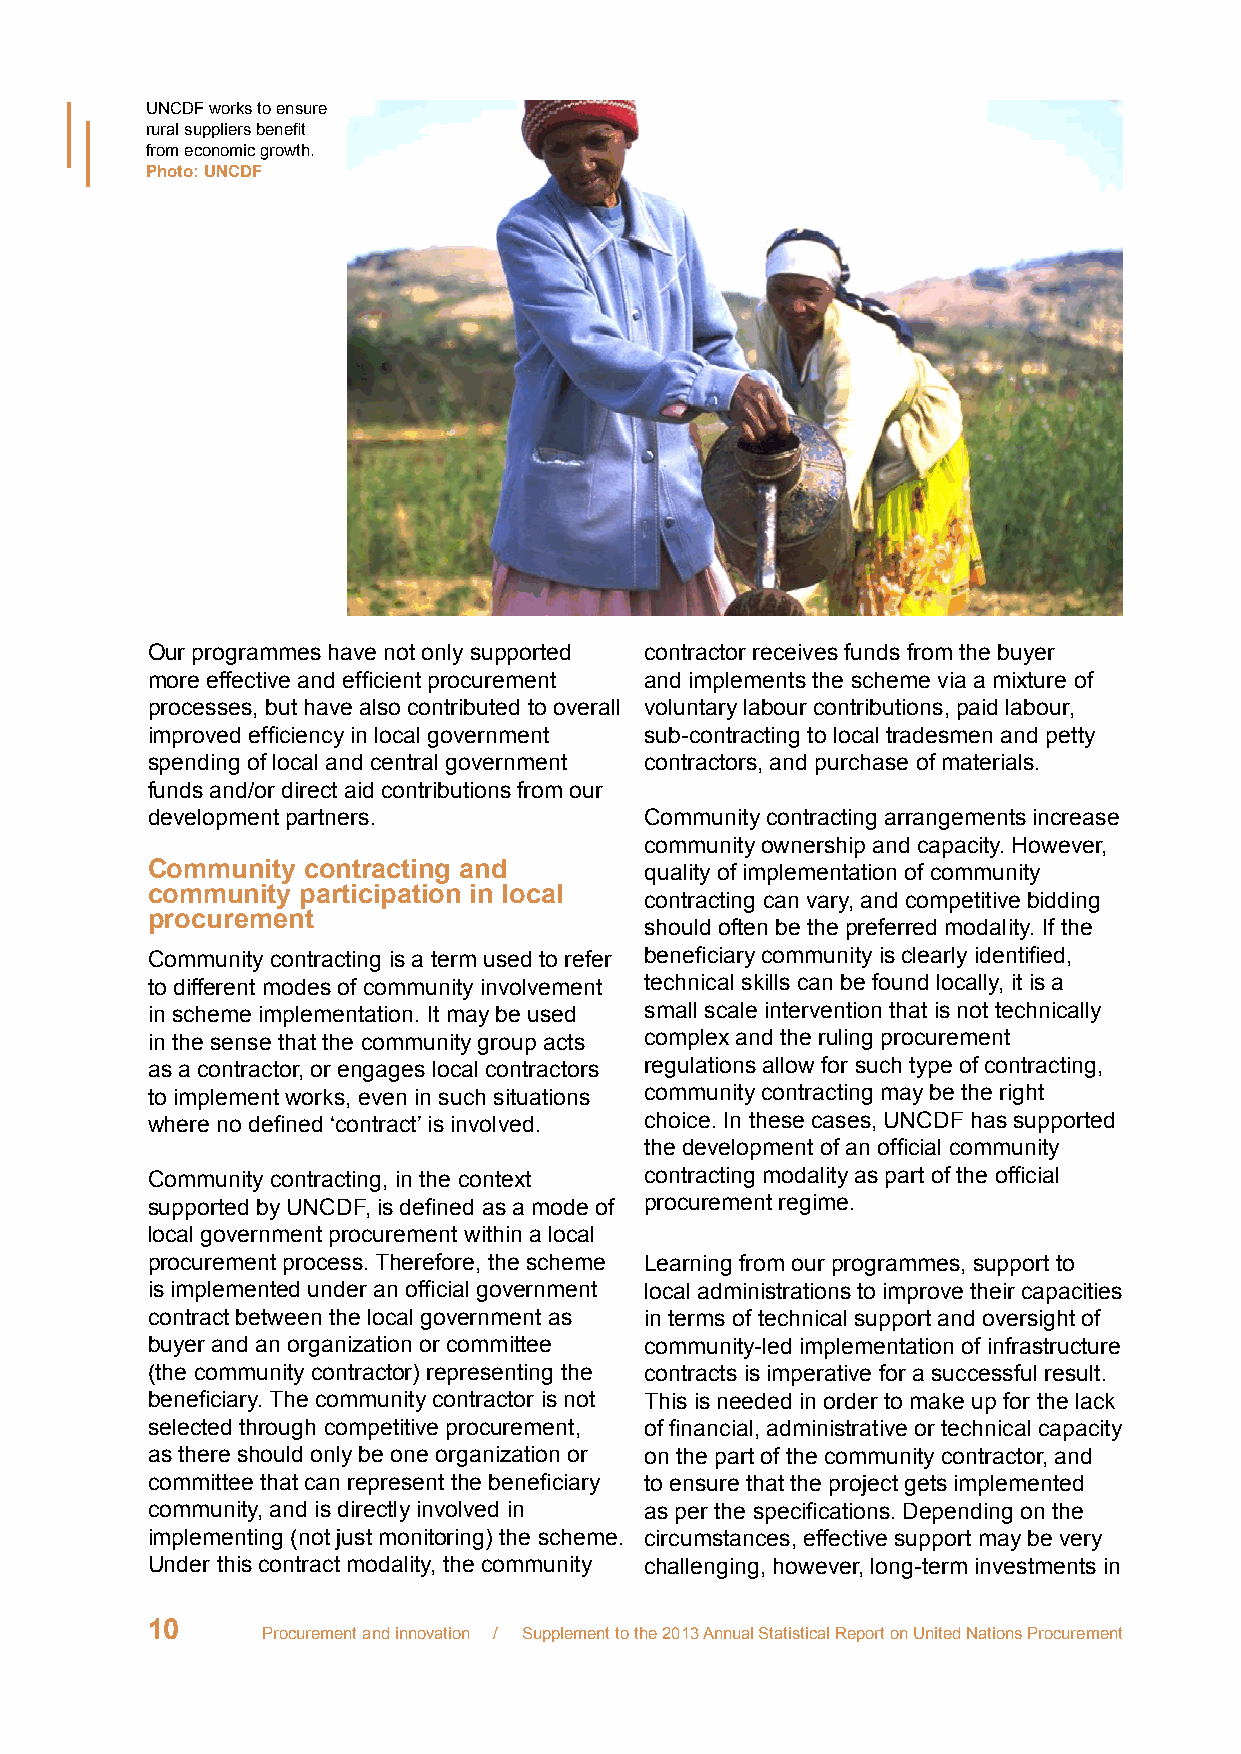
UNCDF works to ensure
 rural suppliers benefit
 from economic growth.
 Photo: UNCDF
 Our programmes have not only supported contractor receives funds from the buyer
 more effective and efficient procurement and implements the scheme via a mixture of
 processes, but have also contributed to overall voluntary labour contributions, paid labour,
 improved efficiency in local government sub-contracting to local tradesmen and petty
 spending of local and central government contractors, and purchase of materials.
 funds and/or direct aid contributions from our
 development partners.            Community contracting arrangements increase
 community ownership and capacity. However,
 Community contracting and        quality of implementation of community
 community participation in local
 contracting can vary, and competitive bidding
 procurement
 should often be the preferred modality. If the
 Community contracting is a term used to refer beneficiary community is clearly identified,
 to different modes of community involvement technical skills can be found locally, it is a
 in scheme implementation. It may be used small scale intervention that is not technically
 in the sense that the community group acts complex and the ruling procurement
 as a contractor, or engages local contractors regulations allow for such type of contracting,
 to implement works, even in such situations community contracting may be the right
 where no defined ‘contract’ is involved. choice. In these cases, UNCDF has supported
 the development of an official community
 Community contracting, in the context contracting modality as part of the official
 supported by UNCDF, is defined as a mode of procurement regime.
 local government procurement within a local
 procurement process. Therefore, the scheme Learning from our programmes, support to
 is implemented under an official government local administrations to improve their capacities
 contract between the local government as in terms of technical support and oversight of
 buyer and an organization or committee community-led implementation of infrastructure
 (the community contractor) representing the contracts is imperative for a successful result.
 beneficiary. The community contractor is not This is needed in order to make up for the lack
 selected through competitive procurement, of financial, administrative or technical capacity
 as there should only be one organization or on the part of the community contractor, and
 committee that can represent the beneficiary to ensure that the project gets implemented
 community, and is directly involved in as per the specifications. Depending on the
 implementing (not just monitoring) the scheme. circumstances, effective support may be very
 Under this contract modality, the community challenging, however, long-term investments in
 10
 Procurement and innovation / Supplement to the 2013 Annual Statistical Report on United Nations Procurement